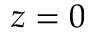
z = 0